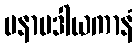
မနာပဒါယကာနံ